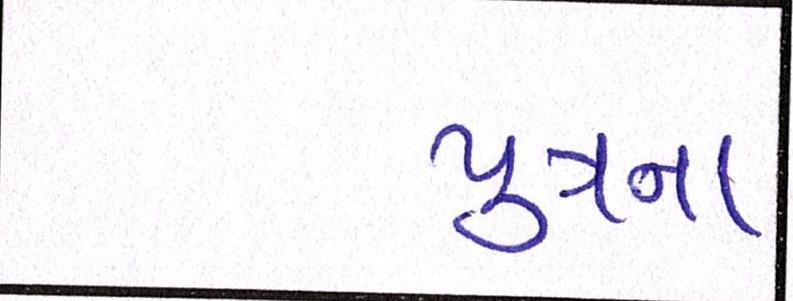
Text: પુત્રના